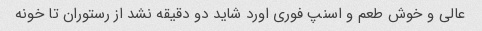
عالی و خوش طعم و اسنپ فوری اورد شاید دو دقیقه نشد از رستوران تا خونه